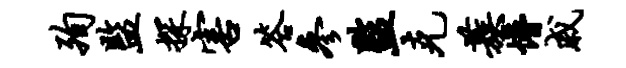
殉监探害答参监克蔟懵戚